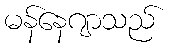
မန်နေဂျာသည်